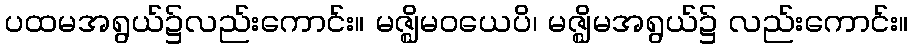
ပထမအရွယ်၌လည်းကောင်း။ မဇ္ဈိမဝယေပိ၊ မဇ္ဈိမအရွယ်၌ လည်းကောင်း။